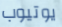
يوتيوب